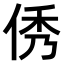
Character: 𠉑